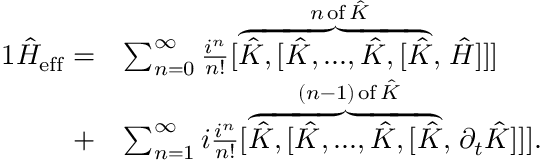
\begin{array} { r l } { { 1 } \hat { H } _ { \mathrm { e f f } } = } & { \sum _ { n = 0 } ^ { \infty } \frac { i ^ { n } } { n ! } [ \stackrel { n \, \mathrm { o f } \, \hat { K } } { \overbrace { \hat { K } , [ \hat { K } , . . . , \hat { K } , [ \hat { K } } , } \hat { H } ] ] ] } \\ { + } & { \sum _ { n = 1 } ^ { \infty } i \frac { i ^ { n } } { n ! } [ \stackrel { ( n - 1 ) \, \mathrm { o f } \, \hat { K } } { \overbrace { \hat { K } , [ \hat { K } , . . . , \hat { K } , [ \hat { K } } , } \partial _ { t } \hat { K } ] ] ] . } \end{array}